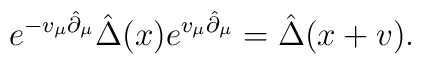
e^{-v_\mu\hat{\partial}_\mu}\hat{\Delta}(x)e^{v_\mu\hat{\partial}_\mu} =\hat{\Delta}(x+v).